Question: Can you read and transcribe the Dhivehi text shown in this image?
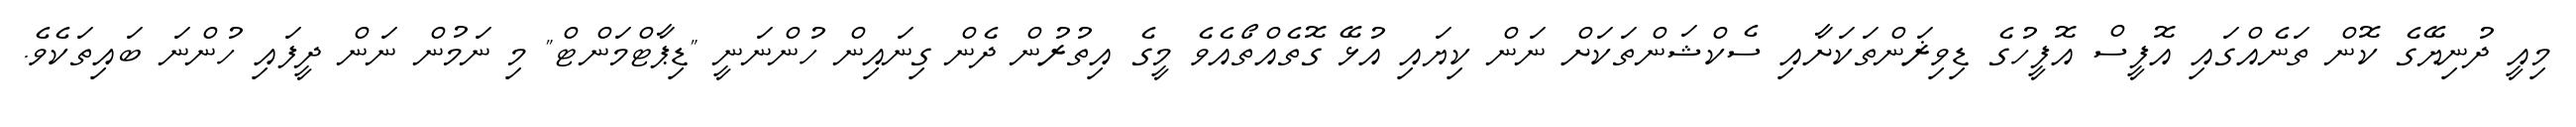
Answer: މިއީ ދުނިޔޭގެ ކޮން ތަނެއްގައި އޮފީސް އޮފީހުގެ ޑިވިޜަންތަކަށާއި ސެކްޝަންތަކަށް ނަން ކިޔައި އުޅޭ ގޮތެއްތޯއެވެ މީގެ އިތުރުން ދެން ގިނައިން ހުންނަނީ "ޑިޕާޓްމަންޓް" މި ނަމުން ނަން ދީފައި ހުންނަ ބައިތަކެވެ.